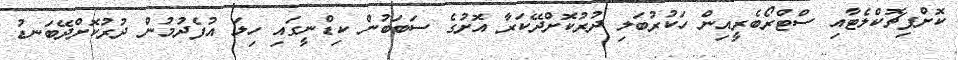
ކޮށްފިޗޮކްލެޓާއި ސްޓްރޯބެރީއިން ހަކުރުބަލި ދުރުކޮށްދޭކަރާ އޮށުގެ ސަބަބުން ކިޑްނީގައި ހިލަ އުފެދުމުން ދުރުކޮށްދޭބަނޑު